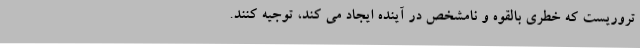
تروریست که خطری بالقوه و نامشخص در آینده ایجاد می کند، توجیه کنند.